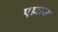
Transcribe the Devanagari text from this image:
एल्लाज